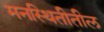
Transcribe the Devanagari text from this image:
मनस्थितीतील